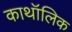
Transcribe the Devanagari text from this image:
काथॉलिक